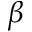
\beta